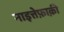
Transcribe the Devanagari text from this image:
नाइत्तेफ़ाक़ी